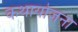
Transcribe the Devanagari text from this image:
कथायोजना